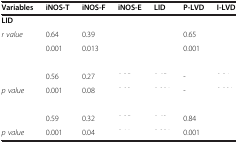
<table><thead><tr><td><b>Variables</b></td><td><b>iNOS-T</b></td><td><b>iNOS-F</b></td><td><b>iNOS-E</b></td><td><b>LID</b></td><td><b>P-LVD</b></td><td><b>I-LVD</b></td></tr></thead><tbody><tr><td colspan="7"><b>LID</b></td></tr><tr><td><i>r value</i></td><td>0.64</td><td>0.39</td><td>[EMPTY_CELL]</td><td>[EMPTY_CELL]</td><td>0.65</td><td>[EMPTY_CELL]</td></tr><tr><td>[EMPTY_CELL]</td><td>0.001</td><td>0.013</td><td>[EMPTY_CELL]</td><td>[EMPTY_CELL]</td><td>0.001</td><td>[EMPTY_CELL]</td></tr><tr><td colspan="7">[EMPTY_CELL]</td></tr><tr><td>[EMPTY_CELL]</td><td>0.56</td><td>0.27</td><td>[EMPTY_CELL]</td><td>[EMPTY_CELL]</td><td>-</td><td>[EMPTY_CELL]</td></tr><tr><td><i>p value</i></td><td>0.001</td><td>0.08</td><td>[EMPTY_CELL]</td><td>[EMPTY_CELL]</td><td>-</td><td>[EMPTY_CELL]</td></tr><tr><td colspan="7">[EMPTY_CELL]</td></tr><tr><td>[EMPTY_CELL]</td><td>0.59</td><td>0.32</td><td>[EMPTY_CELL]</td><td>[EMPTY_CELL]</td><td>0.84</td><td>[EMPTY_CELL]</td></tr><tr><td><i>p value</i></td><td>0.001</td><td>0.04</td><td>[EMPTY_CELL]</td><td>[EMPTY_CELL]</td><td>0.001</td><td>[EMPTY_CELL]</td></tr></tbody></table>